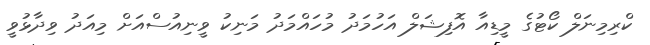
ކްރިމިނަލް ކޯޓުގެ މީޑިއާ އޮފިޝަލް އަހުމަދު މުހައްމަދު މަނިކު ވީނިއުސްއަށް މިއަދު ވިދާޅުވީ